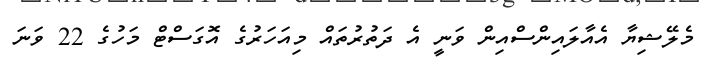
މެލޭޝިޔާ އެއާލައިންސްއިން ވަނީ އެ ދަތުރުތައް މިއަހަރުގެ އޮގަސްޓް މަހުގެ 22 ވަނަ